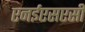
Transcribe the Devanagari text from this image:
एनईएसएसी